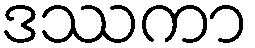
ဒဿကာ